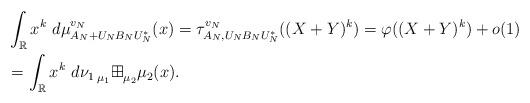
LaTeX: \begin{align*}&\int_{\mathbb{R}}x^k\ d\mu^{v_N}_{A_N+U_NB_NU_N^*}(x)=\tau^{v_N}_{A_N,U_NB_NU_N^*}((X+Y)^k)=\varphi((X+Y)^k)+o(1)\\&=\int_{\mathbb{R}}x^k\ d\nu_1\prescript{}{\mu_1}{\boxplus}^{}_{\mu_2} \mu_2(x).\end{align*}